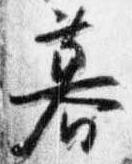
暮